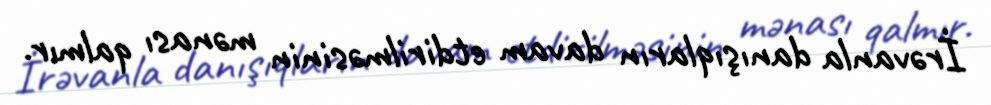
İrəvanla danışıqların davam etdirilməsinin mənası qalmır.